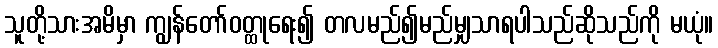
သူတို့သားအမိမှာ ကျွန်တော်ဝတ္ထုရေး၍ တလမည်၍မည်မျှသာရပါသည်ဆိုသည်ကို မယုံ။